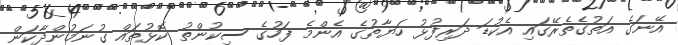
އޭނަގެ އަތުގެތެރޭގައި އެކުޑަ ދަރިފުޅު ހަޔާތުގެ އެންމެ ފަހުގެ ސިކުންތު ކޮޅުތައް ގުނަމުންދާކަން